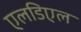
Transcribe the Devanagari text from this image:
एलडिएल